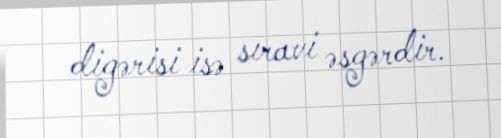
digərisi isə sıravi əsgərdir.